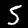
Digit: 5